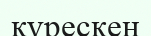
қүрескен